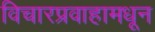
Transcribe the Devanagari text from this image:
विचारप्रवाहामधून